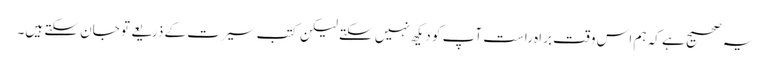
یہ صحیح ہے کہ ہم اس وقت براہ راست آپ کو دیکھ نہیں سکتے لیکن کتب سیرت کے ذریعے تو جان سکتے ہیں۔